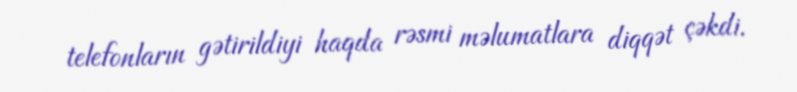
telefonların gətirildiyi haqda rəsmi məlumatlara diqqət çəkdi.